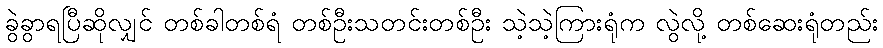
ခွဲခွာရပြီဆိုလျှင် တစ်ခါတစ်ရံ တစ်ဦးသတင်းတစ်ဦး သဲ့သဲ့ကြားရုံက လွဲလို့ တစ်ဆေးရုံတည်း